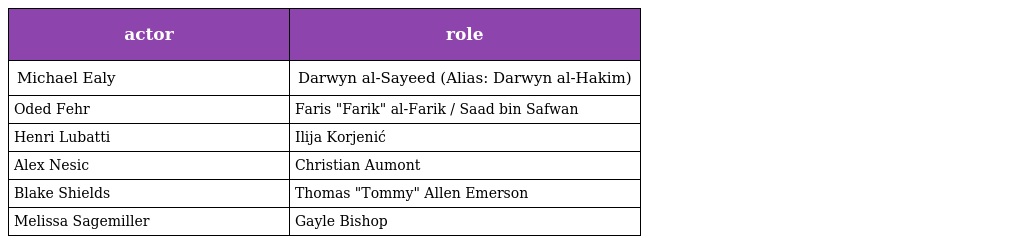
| actor | role |
 | --- | --- |
 | Michael Ealy | Darwyn al-Sayeed (Alias: Darwyn al-Hakim) |
 | Oded Fehr | Faris "Farik" al-Farik / Saad bin Safwan |
 | Henri Lubatti | Ilija Korjenić |
 | Alex Nesic | Christian Aumont |
 | Blake Shields | Thomas "Tommy" Allen Emerson |
 | Melissa Sagemiller | Gayle Bishop |